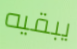
يبقيه